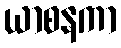
ယာစနကာ